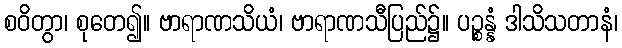
စဝိတွာ၊ စုတေ၍။ ဗာရာဏသိယံ၊ ဗာရာဏသီပြည်၌။ ပဉ္စန္နံ ဒါသိသတာနံ၊